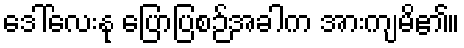
ဒေါ်လေးနု ပြောပြစဉ်အခါက အားကျမိ၏။